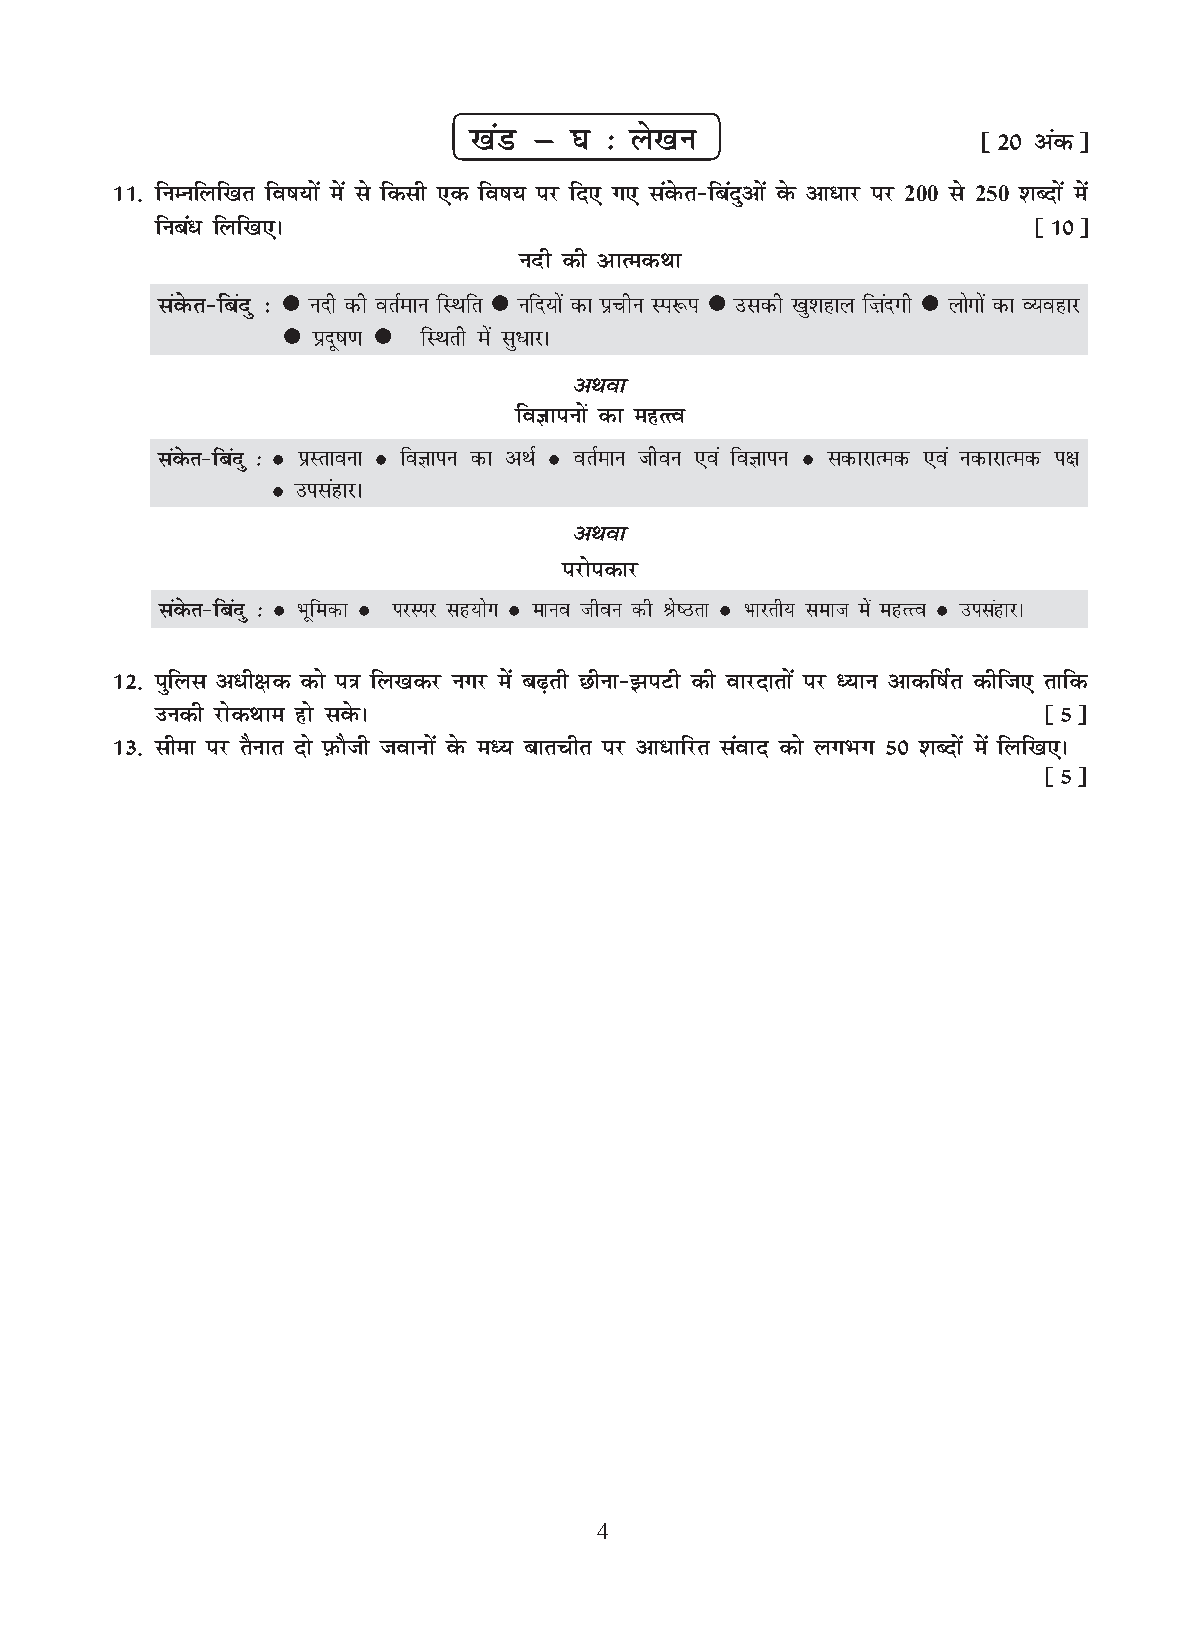
[kaM µ ?k % ys[ku                 ¹20 vadº
 û1- fuEufyf[kr fo"k;ksa esa ls fdlh ,d fo"k; ij fn, x, laosQr&fcanqvksa osQ vk/kj ij 200 ls 250 'kCnksa esa
 fuca/ fyf[k,A                                              ¹10º
 unh dh vkRedFkk
 laosQr&fcanq %  unh dh orZeku fLFkfr  ufn;ksa dk izphu Li:i  mldh [kq'kgky f”kanxh  yksxksa dk O;ogkj
  iznw"k.k  fLFkrh esa lq/kjA
 vFkok
 foKkiuksa dk egRRo
 laosQr&fcanq %  izLrkouk  foKkiu dk vFkZ  orZeku thou ,oa foKkiu  ldkjkRed ,oa udkjkRed i{k
  milagkjA
 vFkok
 ijksidkj
 laosQr&fcanq %  Hkwfedk  ijLij lg;ksx  ekuo thou dh Js"Brk  Hkkjrh; lekt esa egRRo  milagkjA
 û2- iqfyl v/h{kd dks i=k fy[kdj uxj esa c<+rh Nhuk&>iVh dh okjnkrksa ij è;ku vkdf"kZr dhft, rkfd
 mudh jksdFkke gks losQA                                    ¹5º
 û3- lhek ij rSukr nks i-QkSth tokuksa osQ eè; ckrphr ij vk/kfjr laokn dks yxHkx 50 'kCnksa esa fyf[k,A
 ¹5º
 4